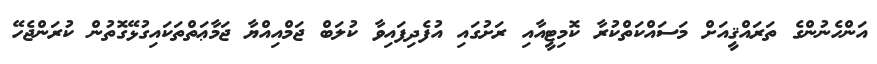
އަންހެނުންގެ ތަރައްޤީއަށް މަސައްކަތްކުރާ ކޮމިޓީއާއި ރަށުގައި އުފެދިފައިވާ ކުލަބް ޖަމްއިއްޔާ ޖަމާޢަތްތަކައިގުޅޭގޮތުން ކުރަންޖެހޭ